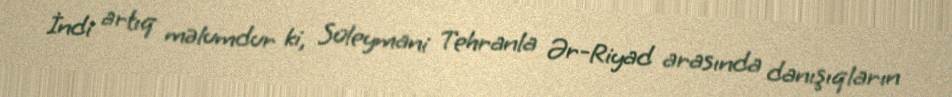
İndi artıq məlumdur ki, Süleymani Tehranla Ər-Riyad arasında danışıqların